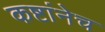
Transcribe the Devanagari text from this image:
कष्टांनेच